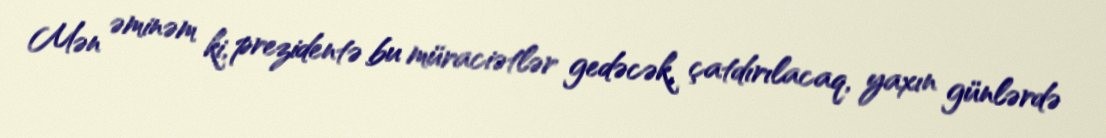
Mən əminəm ki, prezidentə bu müraciətlər gedəcək, çatdırılacaq, yaxın günlərdə